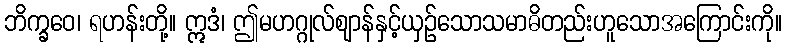
ဘိက္ခဝေ၊ ရဟန်းတို့။ ဣဒံ၊ ဤမဟဂ္ဂုလ်ဈာန်နှင့်ယှဉ်သောသမာဓိတည်းဟူသောအကြောင်းကို။